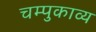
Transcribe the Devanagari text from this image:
चम्पुकाव्य